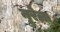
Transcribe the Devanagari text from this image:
नूरेला